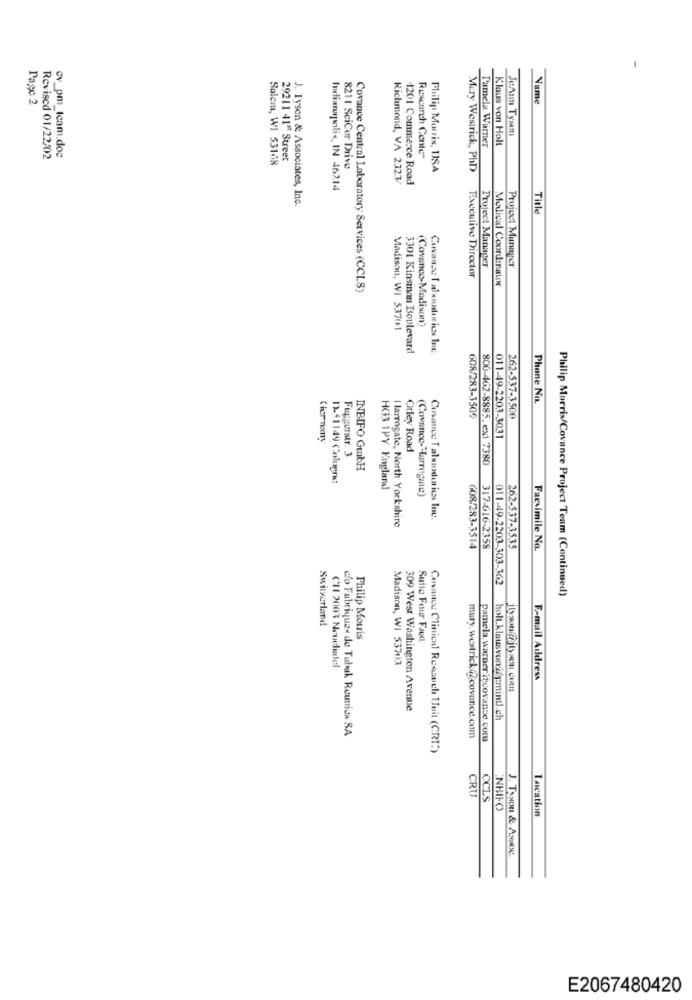
Page 2
Name
JOANN TYMAMI
Klaus von Holt
cv_pm_tcam.doc
Pamela Warner
Revised 01/22/2
Salem, WI 53168
29211 41ª Street
Research Cente-
8211 SciCer Drive
Philip Morris, USA
Mery Westrick, PhD)
Richmond, VA 2323/
1201 Commerce Road
Inelianopolis, IN 46214
J. Tyson & Associates, Inc.
Title
Project Manager
Project Manager
Executive Director
Medical Coordinator
Covance Central Laboratory Services (CCLS)
(Covanco-Madison')
Madison, WI 53701
3301 Kinsman Boulevard
Covance I alsointories Inc.
Phone No.
608/283-3509
262-537-3500
011-49-2203-3031
Gior nany
Fuggerstr. 3
Citley Road
800-462-8885. ext 7380
INBIFO GunbH
12.91149 Coniner:
HG3 1PY England
(Covance-"larmente)
Cosasce T alumnadories Inc.
I larrogate, North Yorkshire
GOR/283-3514
317-616-2358
262-537-3535
Facsimile No.
011-49-2203-303-362
Philip Morris/Covance Project Team (Continued)
Switzerland
Philip Morris
Suite Four FaxL
CHI 2003 Neuelestel
Madison, WI 53703
E-mail Address
309 West Washington Avenue
holt.klausvon@igmintl.ch
do Fubriques de Tubak Reunias SA
mary. wextrick@@covance.com
pamela. warnerficovanse.com
Covance Clinical Research Unit (CRI:)
CRU
CCLS
NBIFO
Location
J. TYNDIL & ANNOC.
E2067480420